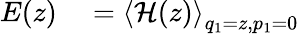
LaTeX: \begin{array}{rl}{E(z)}&{{}=\left<\mathcal{H}(z)\right>_{q_{1}=z,p_{1}=0}}\end{array}